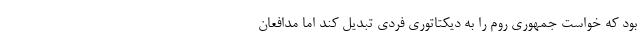
بود که خواست جمهوری روم را به دیکتاتوری فردی تبدیل کند اما مدافعان